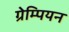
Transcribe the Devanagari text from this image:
ग्रेम्पियन